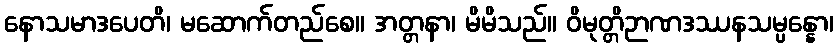
နောသမာဒပေတိ၊ မဆောက်တည်စေ။ အတ္တနာ၊ မိမိသည်။ ဝိမုတ္တိဉာဏဒဿနသမ္ပန္နော၊